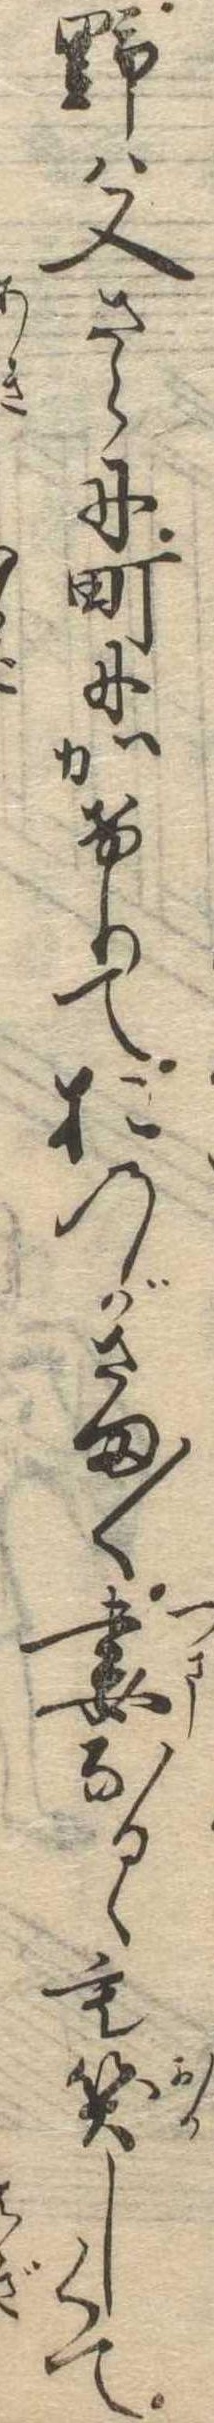
野は又さらに町にかけりておのがさま〱妻なるゝも笑しくて